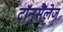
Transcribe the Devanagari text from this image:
टॉनुसैंलेज